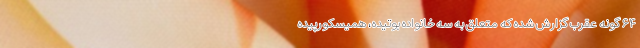
۶۴ گونه عقرب گزارش شده که متعلق به سه خانواده بوتیده، همیسکورپیده